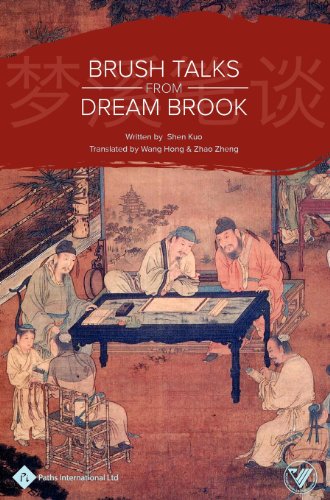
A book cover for Brush Talks from Dream Brook; Shen Kuo; Literature & Fiction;